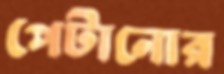
পেটানোর